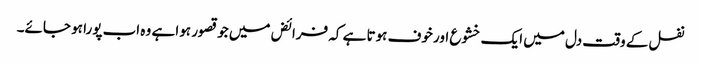
نفل کے وقت دل میں ایک خشوع اور خوف ہوتا ہے کہ فرائض میں جو قصور ہوا ہے وہ اب پورا ہو جائے۔